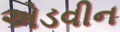
એડવીન